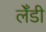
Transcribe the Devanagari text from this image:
लेँडी